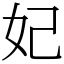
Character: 妃